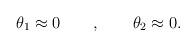
LaTeX: \begin{align*}\theta_1\approx 0\qquad,\qquad\theta_2\approx 0.\end{align*}